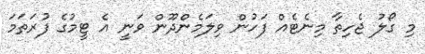
މި ގޯލު ޖެހިތާ މިނެޓެއް ފަހުން ވިލަމެންދޫން ވަނީ އެ ޓީމުގެ ފުރަތަމަ